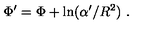
\Phi ^ { \prime } = \Phi + \mathrm { l n } ( \alpha ^ { \prime } / R ^ { 2 } ) \ .